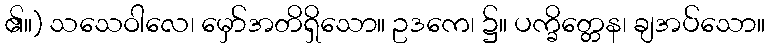
၏။) သသေဝါလေ၊ မှော်အတိရှိသော။ ဥဒကေ၊ ၌။ ပက္ခိတ္တေန၊ ချအပ်သော။